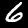
Digit: 6